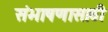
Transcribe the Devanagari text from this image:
संभाषणासाठी